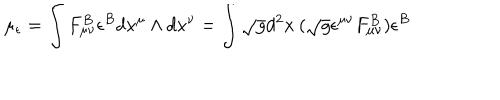
\mu _ { \epsilon } = \int F _ { \mu \nu } ^ { B } \epsilon ^ { B } d x ^ { \mu } \wedge d x ^ { \nu } = \int \sqrt { g } d ^ { 2 } x \: ( \sqrt { g } \epsilon ^ { \mu \nu } F _ { \mu \nu } ^ { B } ) \epsilon ^ { B }